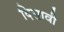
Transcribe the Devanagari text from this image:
दिसावी